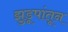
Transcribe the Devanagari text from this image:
झुडूपांतून